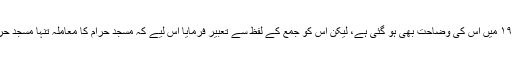
’مَسٰجِدَ اللّٰہِ‘ سے مراد اگرچہ مسجد حرام ہی ہے، چنانچہ آیت ۱۹ میں اس کی وضاحت بھی ہو گئی ہے، لیکن اس کو جمع کے لفظ سے تعبیر فرمایا اس لیے کہ مسجد حرام کا معاملہ تنہا مسجد حرام ہی کا معاملہ نہیں ہے بلکہ تمام مساجد الٰہی کا معاملہ ہے۔